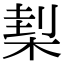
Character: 𣓇